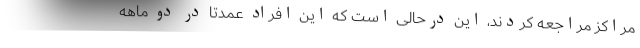
مراکز مراجعه کردند، این درحالی است که این افراد عمدتاً در دو ماهه